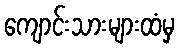
ကျောင်းသားများထံမှ